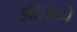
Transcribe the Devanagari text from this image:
झीलंडचे